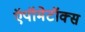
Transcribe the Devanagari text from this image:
ऍपॉमेटॉक्स